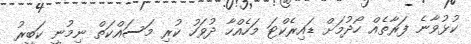
ކުޅުވާނެ ފަރާތެއް ހޯދުމަށް ޑައިރެކްޓަ މަހެއްހާ ދުވަހު ކުރި މަސައްކަތް ނިމުނީ ކަބީރު